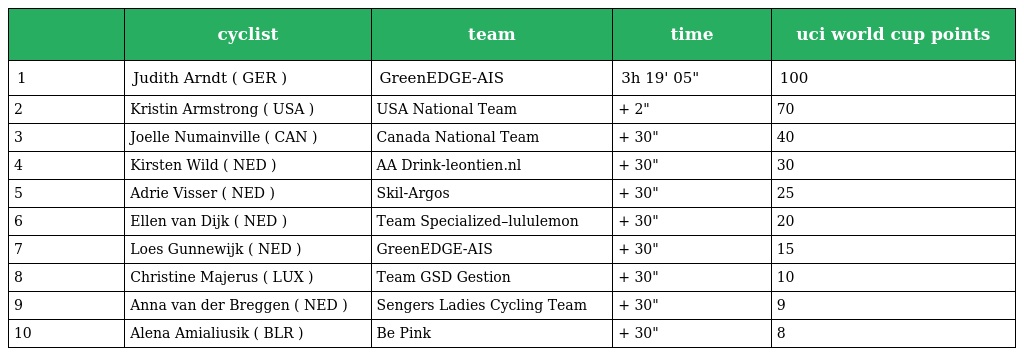
|  | cyclist | team | time | uci world cup points |
 | --- | --- | --- | --- | --- |
 | 1 | Judith Arndt ( GER ) | GreenEDGE-AIS | 3h 19' 05" | 100 |
 | 2 | Kristin Armstrong ( USA ) | USA National Team | + 2" | 70 |
 | 3 | Joelle Numainville ( CAN ) | Canada National Team | + 30" | 40 |
 | 4 | Kirsten Wild ( NED ) | AA Drink-leontien.nl | + 30" | 30 |
 | 5 | Adrie Visser ( NED ) | Skil-Argos | + 30" | 25 |
 | 6 | Ellen van Dijk ( NED ) | Team Specialized–lululemon | + 30" | 20 |
 | 7 | Loes Gunnewijk ( NED ) | GreenEDGE-AIS | + 30" | 15 |
 | 8 | Christine Majerus ( LUX ) | Team GSD Gestion | + 30" | 10 |
 | 9 | Anna van der Breggen ( NED ) | Sengers Ladies Cycling Team | + 30" | 9 |
 | 10 | Alena Amialiusik ( BLR ) | Be Pink | + 30" | 8 |